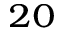
^ { 2 0 }